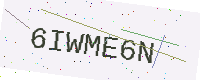
Text: 6IWME6N